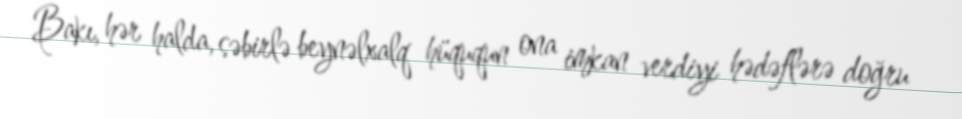
Bakı, hər halda, səbirlə beynəlxalq hüququn ona imkan verdiyi hədəflərə doğru